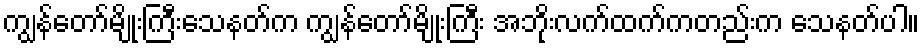
ကျွန်တော်မျိုးကြီးသေနတ်က ကျွန်တော်မျိုးကြီး အဘိုးလက်ထက်ကတည်းက သေနတ်ပါ။